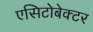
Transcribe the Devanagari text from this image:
एसिटोबेक्टर